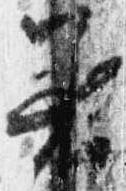
着